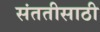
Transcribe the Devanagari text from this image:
संततीसाठी